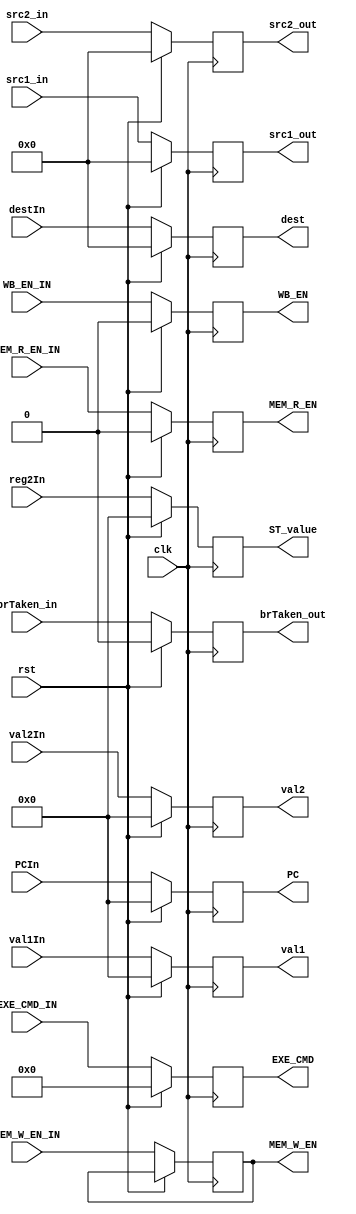
`define REG_FILE_ADDR_LEN 5
`define EXE_CMD_LEN 4

module ID2EXE (clk, rst, destIn, reg2In, val1In, val2In, PCIn, EXE_CMD_IN, MEM_R_EN_IN, MEM_W_EN_IN, WB_EN_IN, brTaken_in, src1_in, src2_in,
                         dest,   ST_value,   val1,   val2,   PC,  EXE_CMD,    MEM_R_EN,    MEM_W_EN,    WB_EN, brTaken_out, src1_out, src2_out);
  input clk, rst;
  // TO BE REGISTERED FOR ID STAGE
  input MEM_R_EN_IN, MEM_W_EN_IN, WB_EN_IN, brTaken_in;
  input [`EXE_CMD_LEN-1:0] EXE_CMD_IN;
  input [`REG_FILE_ADDR_LEN-1:0] destIn, src1_in, src2_in;
  input [31:0] reg2In, val1In, val2In, PCIn;
  // REGISTERED VALUES FOR ID STAGE
  output reg MEM_R_EN, MEM_W_EN, WB_EN, brTaken_out;
  output reg [`EXE_CMD_LEN-1:0] EXE_CMD;
  output reg [`REG_FILE_ADDR_LEN-1:0] dest, src1_out, src2_out;
  output reg [31:0] ST_value, val1, val2, PC;

  always @ (posedge clk) begin
    if (rst) begin
      {MEM_R_EN, MEM_R_EN, WB_EN, EXE_CMD, dest, ST_value, val1, val2, PC, brTaken_out, src1_out, src2_out} <= 0;
    end
    else begin
      MEM_R_EN <= MEM_R_EN_IN;
      MEM_W_EN <= MEM_W_EN_IN;
      WB_EN <= WB_EN_IN;
      EXE_CMD <= EXE_CMD_IN;
      dest <= destIn;
      ST_value <= reg2In;
      val1 <= val1In;
      val2 <= val2In;
      PC <= PCIn;
      brTaken_out <= brTaken_in;
      src1_out <= src1_in;
      src2_out <= src2_in;
    end
  end
endmodule // ID2EXE